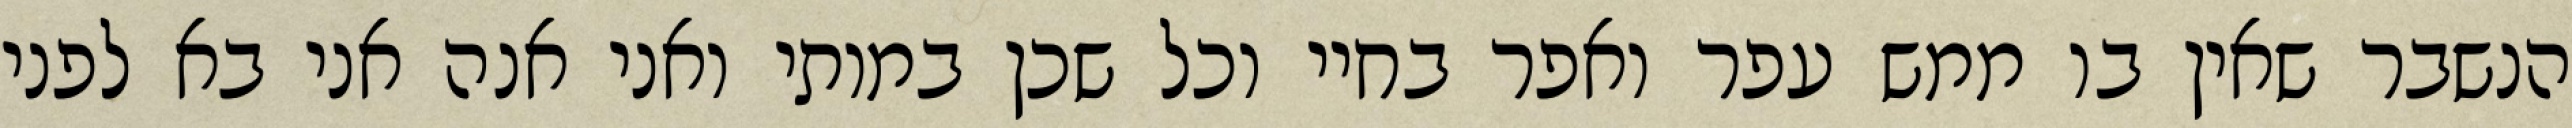
הנשבר שאין בו ממש עפר ואפר בחיי וכל שכן במותי ואני אנה אני בא לפני